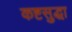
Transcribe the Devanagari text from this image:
कष्टसुद्धा